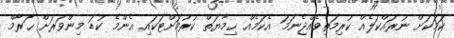
ކަމަކަށް ނުރައްކަލެއް ކުރިމަތިވެއްޖެނަމަ އެކަމެއް ޙިމާޔަތް ކުރުމަށްޓަކައި އެންމެ ކުޑަ މިންވަރަށް ޙަރާމް